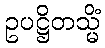
ဥပဋ္ဌိတသ္မိံ